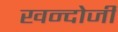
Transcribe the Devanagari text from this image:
खन्दोजी